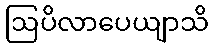
ဩပိလာပေယျာသိ